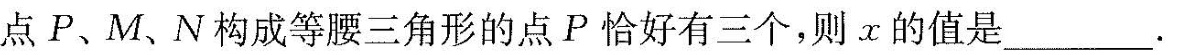
点P、M、N构成等腰三角形的点P恰好有三个，则α的值是---.